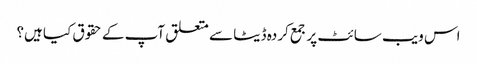
اس ویب سائٹ پر جمع کردہ ڈیٹا سے متعلق آپ کے حقوق کیا ہیں؟